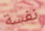
نفسة